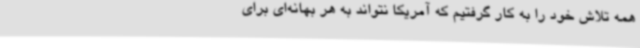
همه تلاش خود را به کار گرفتیم که آمریکا نتواند به هر بهانه‌ای برای